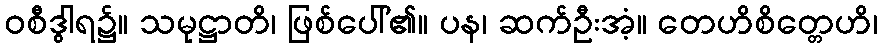
ဝစီဒွါရ၌။ သမုဋ္ဌာတိ၊ ဖြစ်ပေါ်၏။ ပန၊ ဆက်ဦးအံ့။ တေဟိစိတ္တေဟိ၊